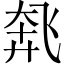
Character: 𫗌